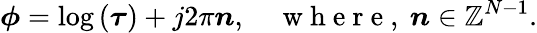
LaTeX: \boldsymbol{\phi}=\log\left(\boldsymbol{\tau}\right)+j2\pi\boldsymbol{n},\quad\mathrm{~w~h~e~r~e~,~}\boldsymbol{n}\in\mathbb{Z}^{N-1}.